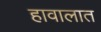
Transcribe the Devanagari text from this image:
हावालात